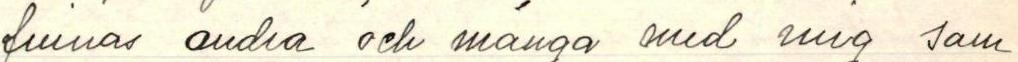
   finnas andra och många med mig sam